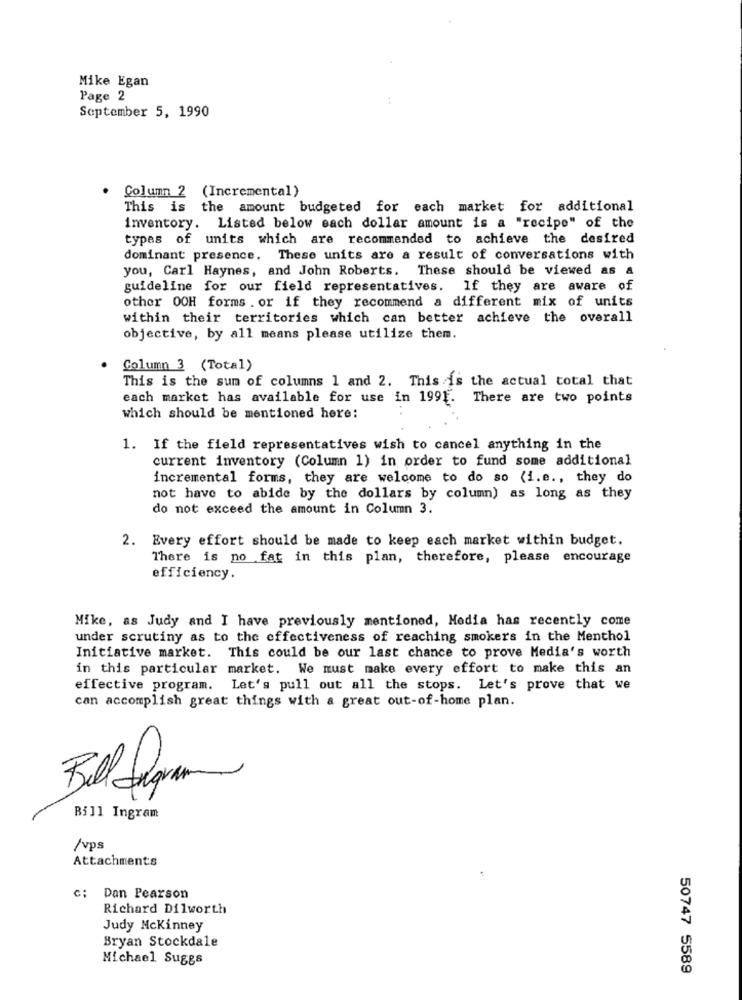
Mike Egan
Page 2
September 5, 1990
Column 2 (Incremental)
This is the amount budgeted for each market for additional
inventory. Listed below each dollar amount is a "recipe" of the
types of units which are recommended to achieve the desired
dominant presence. These units are a result of conversations with
you, Carl Haynes, and John Roberts. These should be viewed as a
guideline for our field representatives. If they are aware of
other OOH forms . or if they recommend a different mix of units
within their territories which can better achieve the overall
objective, by all means please utilize them.
Column 3 (Total)
This is the sum of columns 1 and 2. This is the actual total that
each market has available for use in 1991. There are two points
which should be mentioned here:
1. If the field representatives wish to cancel anything in the
current inventory (Column 1) in order to fund some additional
incremental forms, they are welcome to do so (i.e ., they do
not have to abide by the dollars by column) as long as they
do not exceed the amount in Column 3.
2. Every effort should be made to keep each market within budget.
There is no fat in this plan, therefore, please encourage
efficiency.
Mike, as Judy and I have previously mentioned, Media has recently come
under scrutiny as to the effectiveness of reaching smokers in the Menthol
Initiative market. This could be our last chance to prove Media's worth
in this particular market. We must make every effort to make this an
effective program. Let's pull out all the stops. Let's prove that we
can accomplish great things with a great out-of-home plan.
Bill Ingram
/vps
Attachments
c: Dan Pearson
Richard Dilworth
Judy Mckinney
Bryan Stockdale
Michael Suggs
50747 5589